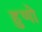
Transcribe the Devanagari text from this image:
हुणो